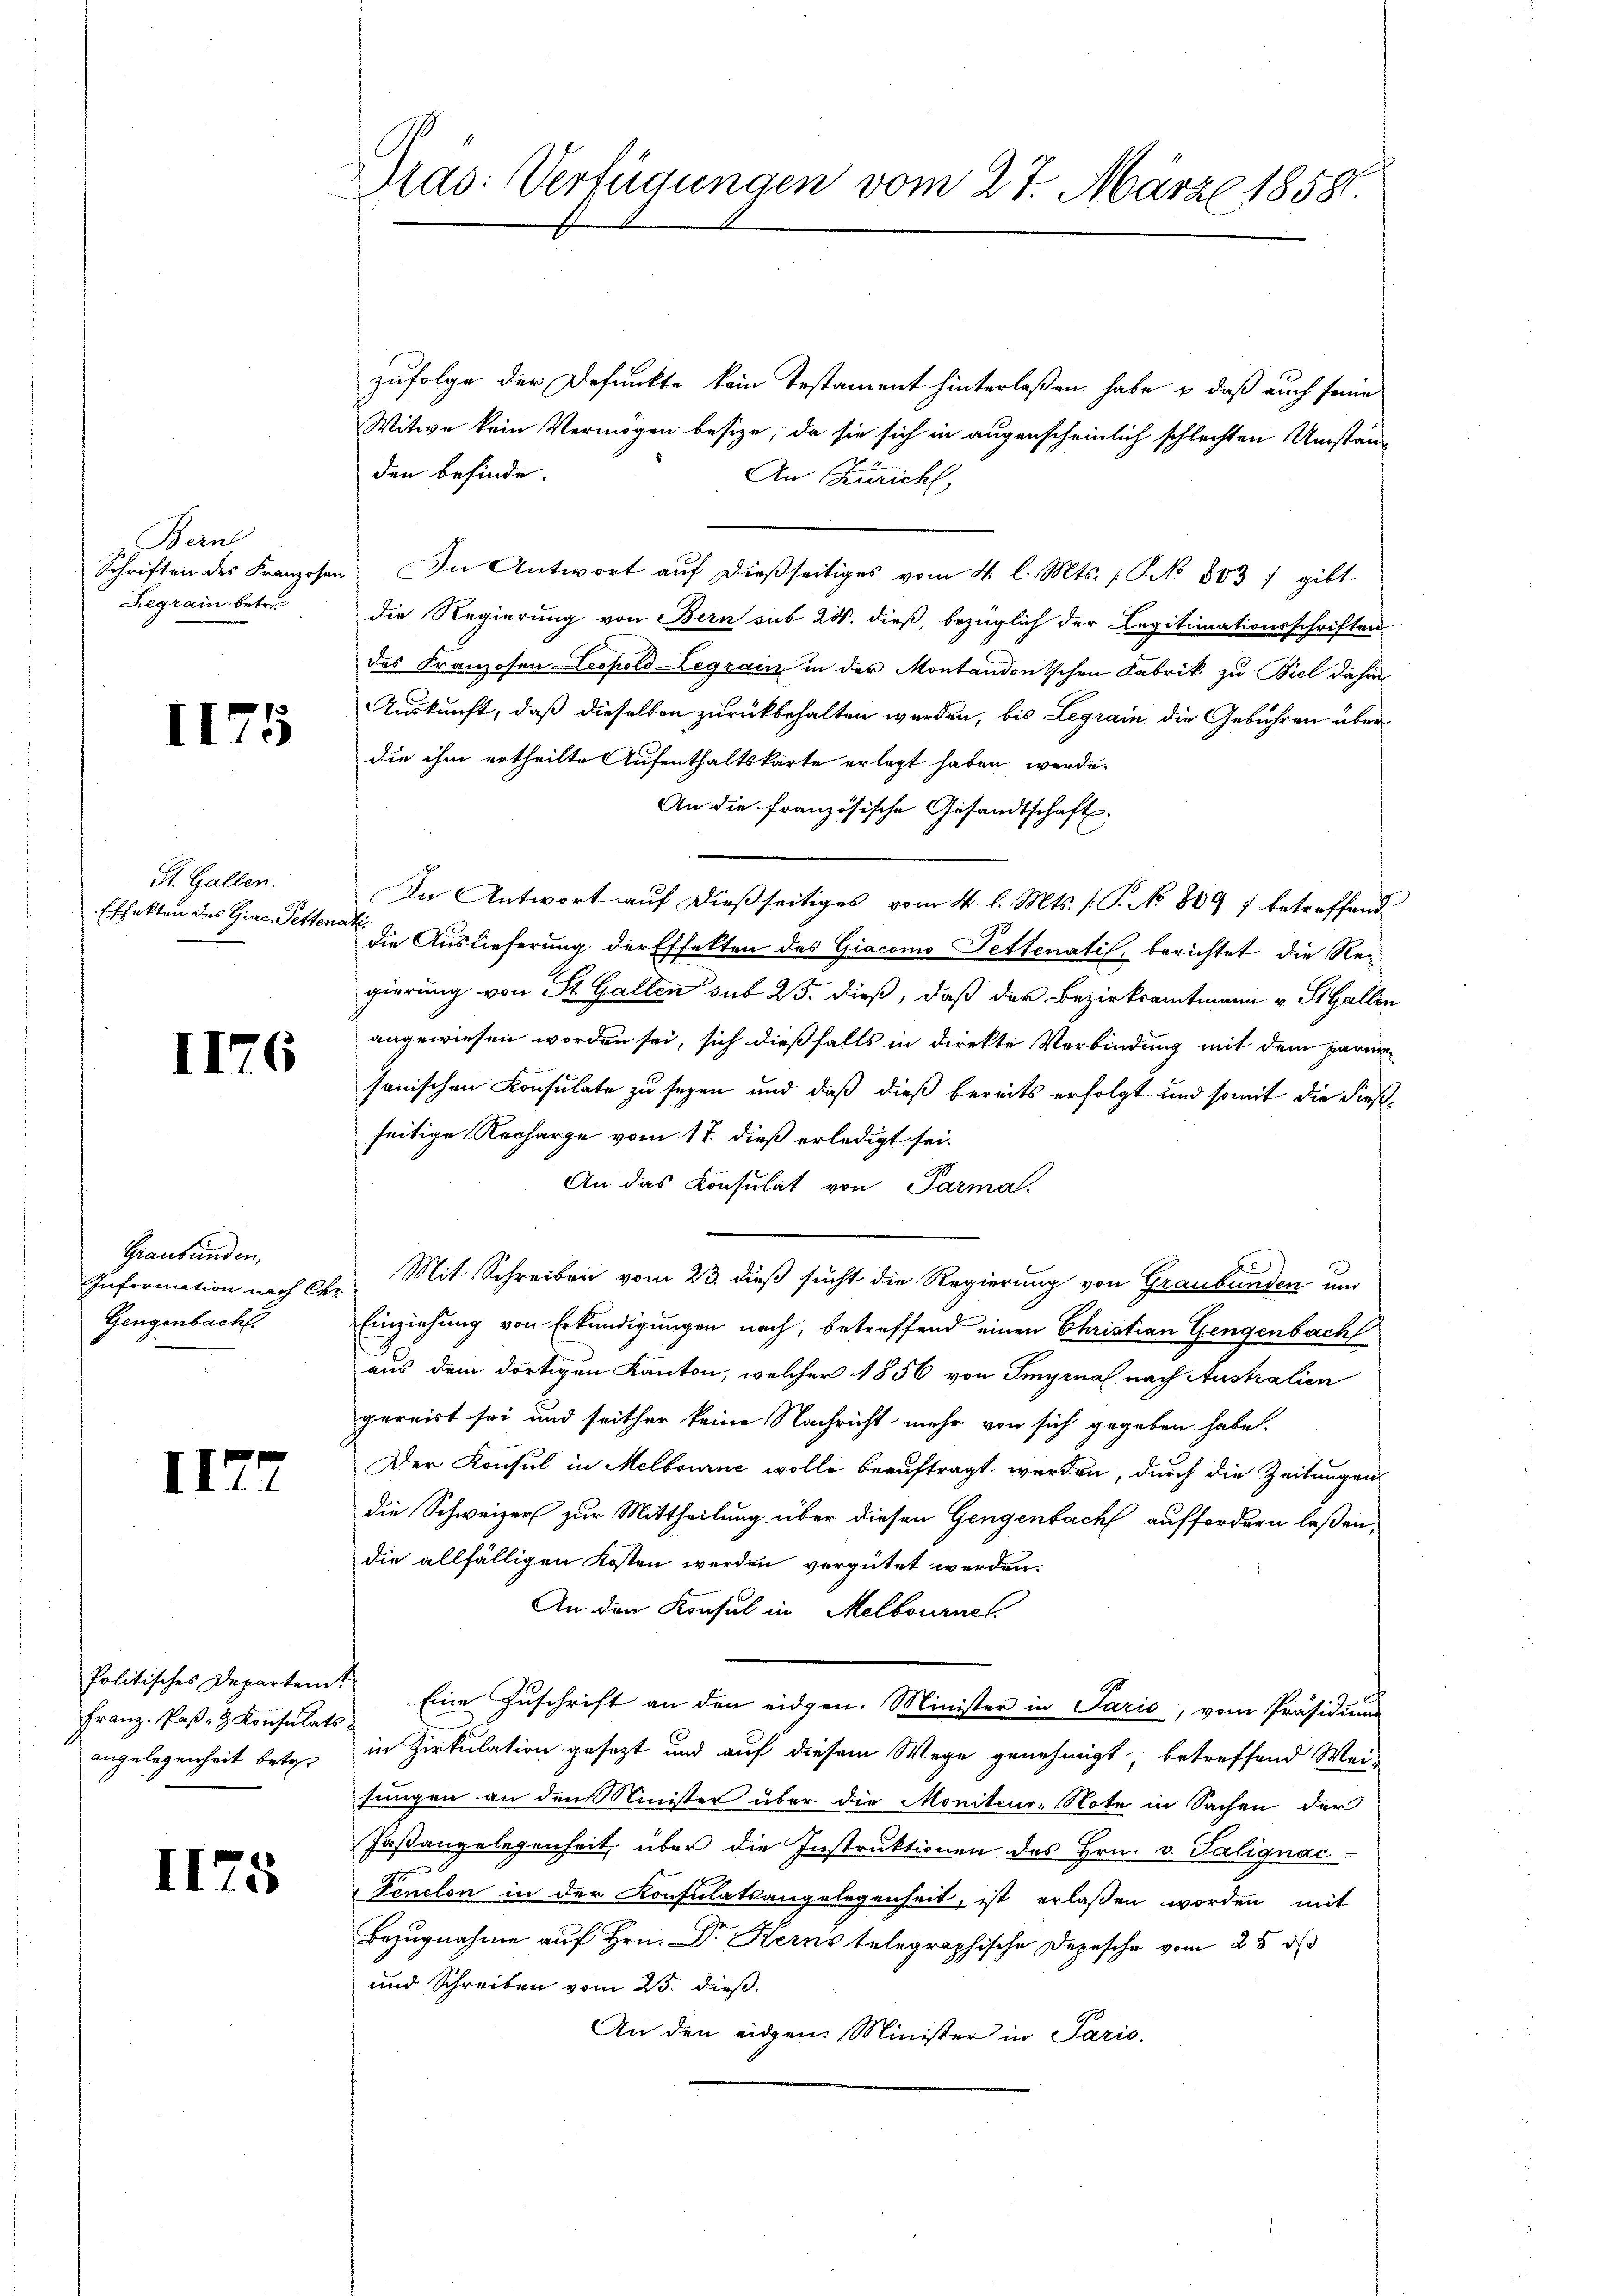
Beine
Schriften des Franzosen
Regrain betr.

I175

St. Gallen.
Effekten des Giac. Petten

II76

Graubünden,
Information nach Ch.
Gengenbacht

II72

Politisches Departen.
Franz Poß- & Konsulats
angelegenheit betre

II75

Dras: Verfügungen vom 27. März 18581.

zufolge der Befunkte kein Testament hinterlaßen habe & daß auch seine
Witwe kein Vermögen besize, da sie sich in augenscheinlich schlechten Umständen befinde.
An Zürich,
In Antwort auf dießseitiges vom 4. l. Mts. ; P. No 803 7 gibt
die Regierung von Bern sub 24. dieß, bezüglich der Legitimationsschriften
des Franzosen Leopold Legrain in der Montandonischen Fabrik zu Biel dahin
Auskunft, daß dieselben zurückbehalten werden, bis Legrain die Gebühren überdie ihm ertheilte Aufenthaltskarte erlegt haben werde.
An die französische Gesandtschaft.
In Antwort auf dießseitiges vom 4. l. Mts. (T. No 809 7 betreffend
f
die Auslieferung der Effekten des Giacomo Pettenatis, berichtet die Regierung von St. Gallen sub 25. dieß, daß der Bezirksamtmann v. StGallen
angewiesen worden sei, sich dießfalls in direkte Verbindung mit dem parm
sonischen Konsulate zu seyen und daß dieß bereits erfolgt und somit die diesseitige Recharge vom 17. dieß erledigt sei.
An das Konsulat von Parma.
Mit Schreiben vom 23. dieß sucht die Regierung von Graubünden und
Einziehung von Erkundigungen nach, betreffend einen Christian Gengenbach
aus dem dortigen Kanton, welcher 1856 von Smyrnal nach Australien
gereist sei und seither keine Nachricht mehr von sich gegeben habe.
Der Konsul in Melbourne wolle beauftragt werden, durch die Zeitungen
die Schweizer zur Mittheilung über diesen Gengenbach auffordern laßen,
die allfälligen Kosten werden vergütet werden.
An den Konsul in Melbournel
Eine Zuschrift an den eidgen. Minister in Paris, vom Präsidium
in Zirkulation gesezt und auf diesem Wege genehmigt, betreffend Wei-
sungen an den Minister über die Moniteur-Note in Sachen der
Faßangelegenheit über die Instruktionen des Hrn. v. Salignacd
Penelon in der Konsulatsangelegenheit, ist erlaßen worden mit
Bezugnahme auf Hrn. Dr Kerns telegraphische Depesche vom 25. ds
und Schreiben vom 23. dieß.
An den eigen. Minister in Pario.